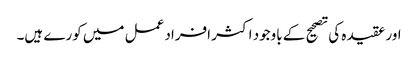
اور عقیدہ کی تصحیح کے باوجود اکثر افراد عمل میں کورے ہیں۔